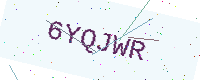
Text: 6YQJWR